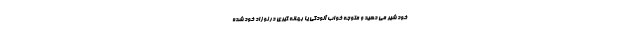
خود شیر می دهید و متوجه خواب آلودگی یا بهانه گیری در نوزاد خود شده